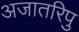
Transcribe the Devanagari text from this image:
अजातरिपु